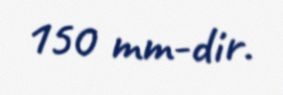
150 mm-dir.